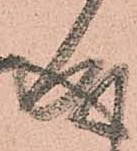
成